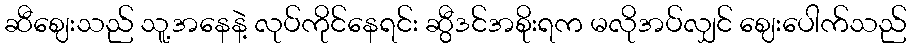
ဆီဈေးသည် သူ့အနေနဲ့ လုပ်ကိုင်နေရင်း ဆွီဒင်အစိုးရက မလိုအပ်လျှင် ဈေးပေါက်သည်